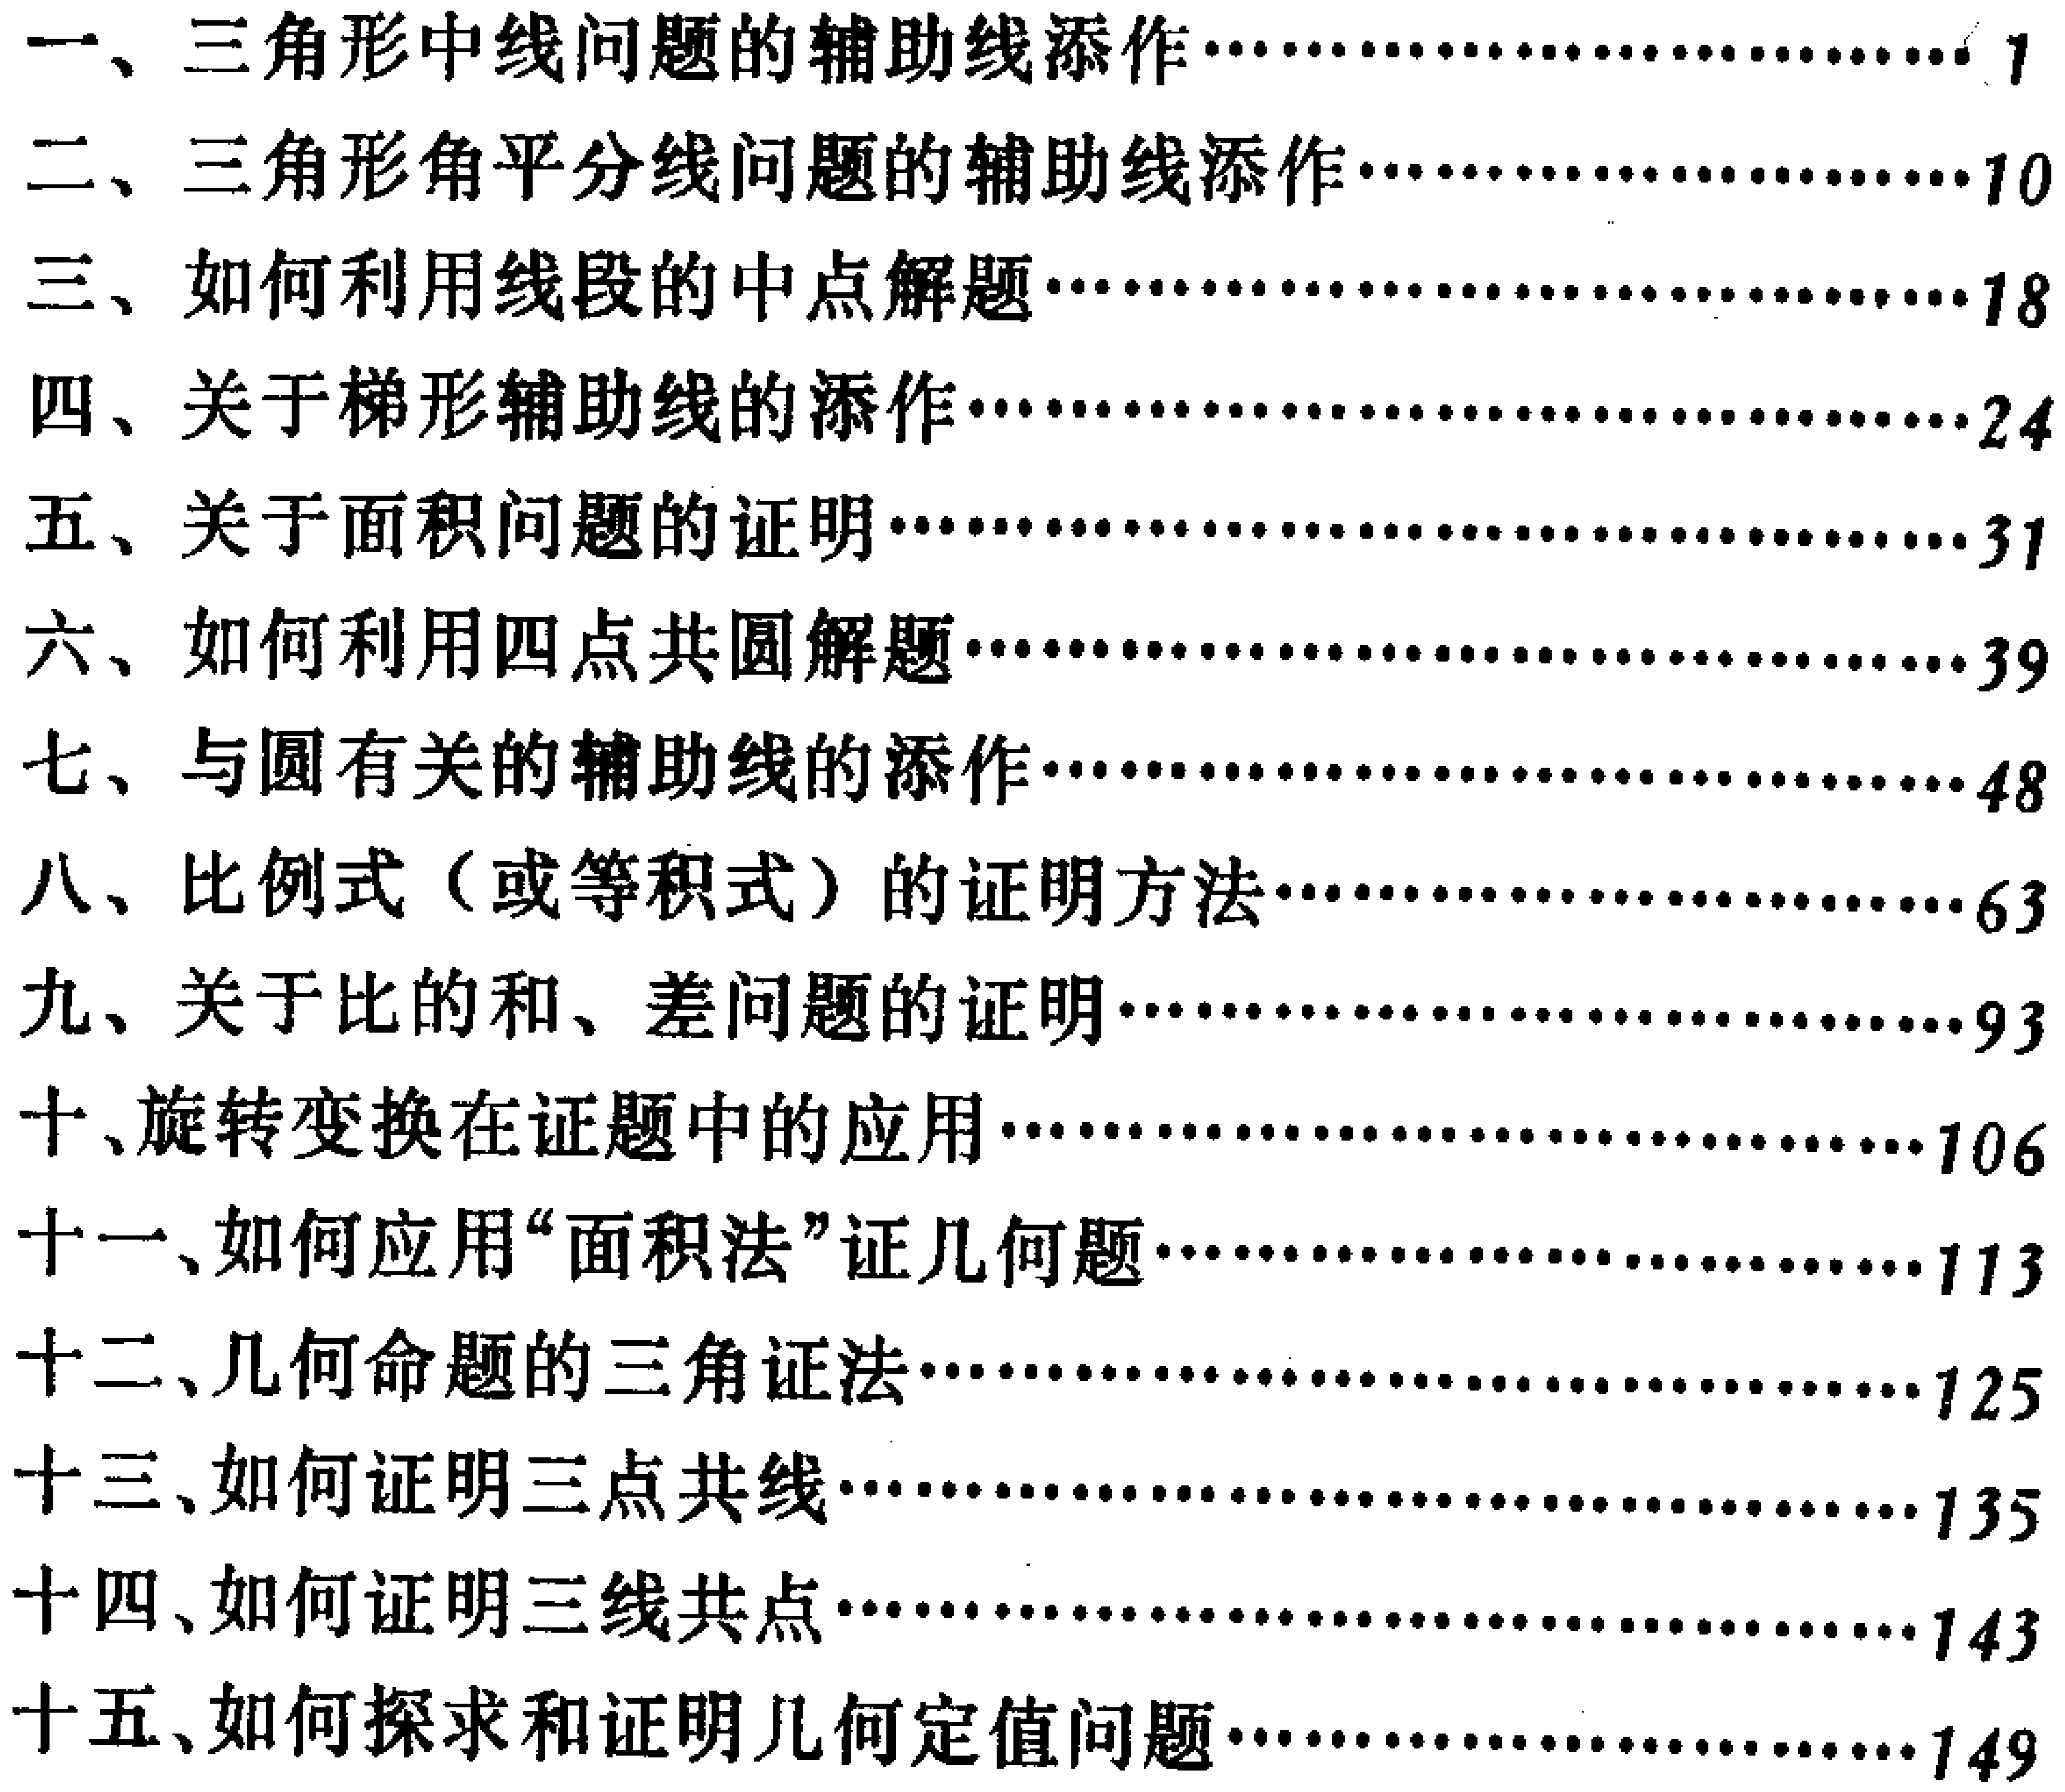
\begin{enumerate}

\item 一、三角形中线问题的辅助线添作……1

\item 二、三角形角平分线问题的辅助线添作……10

\item 三、如何利用线段的中点解题……18

\item 四、关于梯形辅助线的添作……24

\item 五、关于面积问题的证明……31

\item 六、如何利用四点共圆解题……39

\item 七、与圆有关的辅助线的添作……48

\item 八、比例式（或等积式）的证明方法……63

\item 九、关于比的和、差问题的证明……93

\item 十、旋转变换在证题中的应用……106

\item 十一、如何应用“面积法”证几何题……113

\item 十二、几何命题的三角证法……125

\item 十三、如何证明三点共线……135

\item 十四、如何证明三线共点……143

\item 十五、如何探求和证明几何定值问题……149

\end{enumerate}